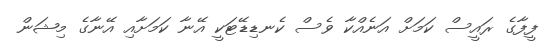
ފީފާގެ ރައީސް ކަމަށް އަނެއްކާ ވެސް ކެނޑިޑޭޓަކީ އޭނާ ކަމަށާއި އޭނާގެ މިޝަން